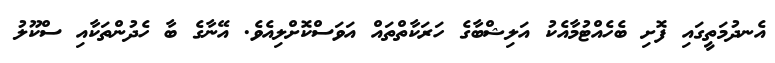
އެނދުމަތީގައި ފޮށި ބެހެއްޓުމާއެކު އަލިޝްބާގެ ހަރަކާތްތައް އަވަސްކޮށްލިއެވެ. އޭނާގެ ބާ ހެދުންތަކާއި ސްކޫލު